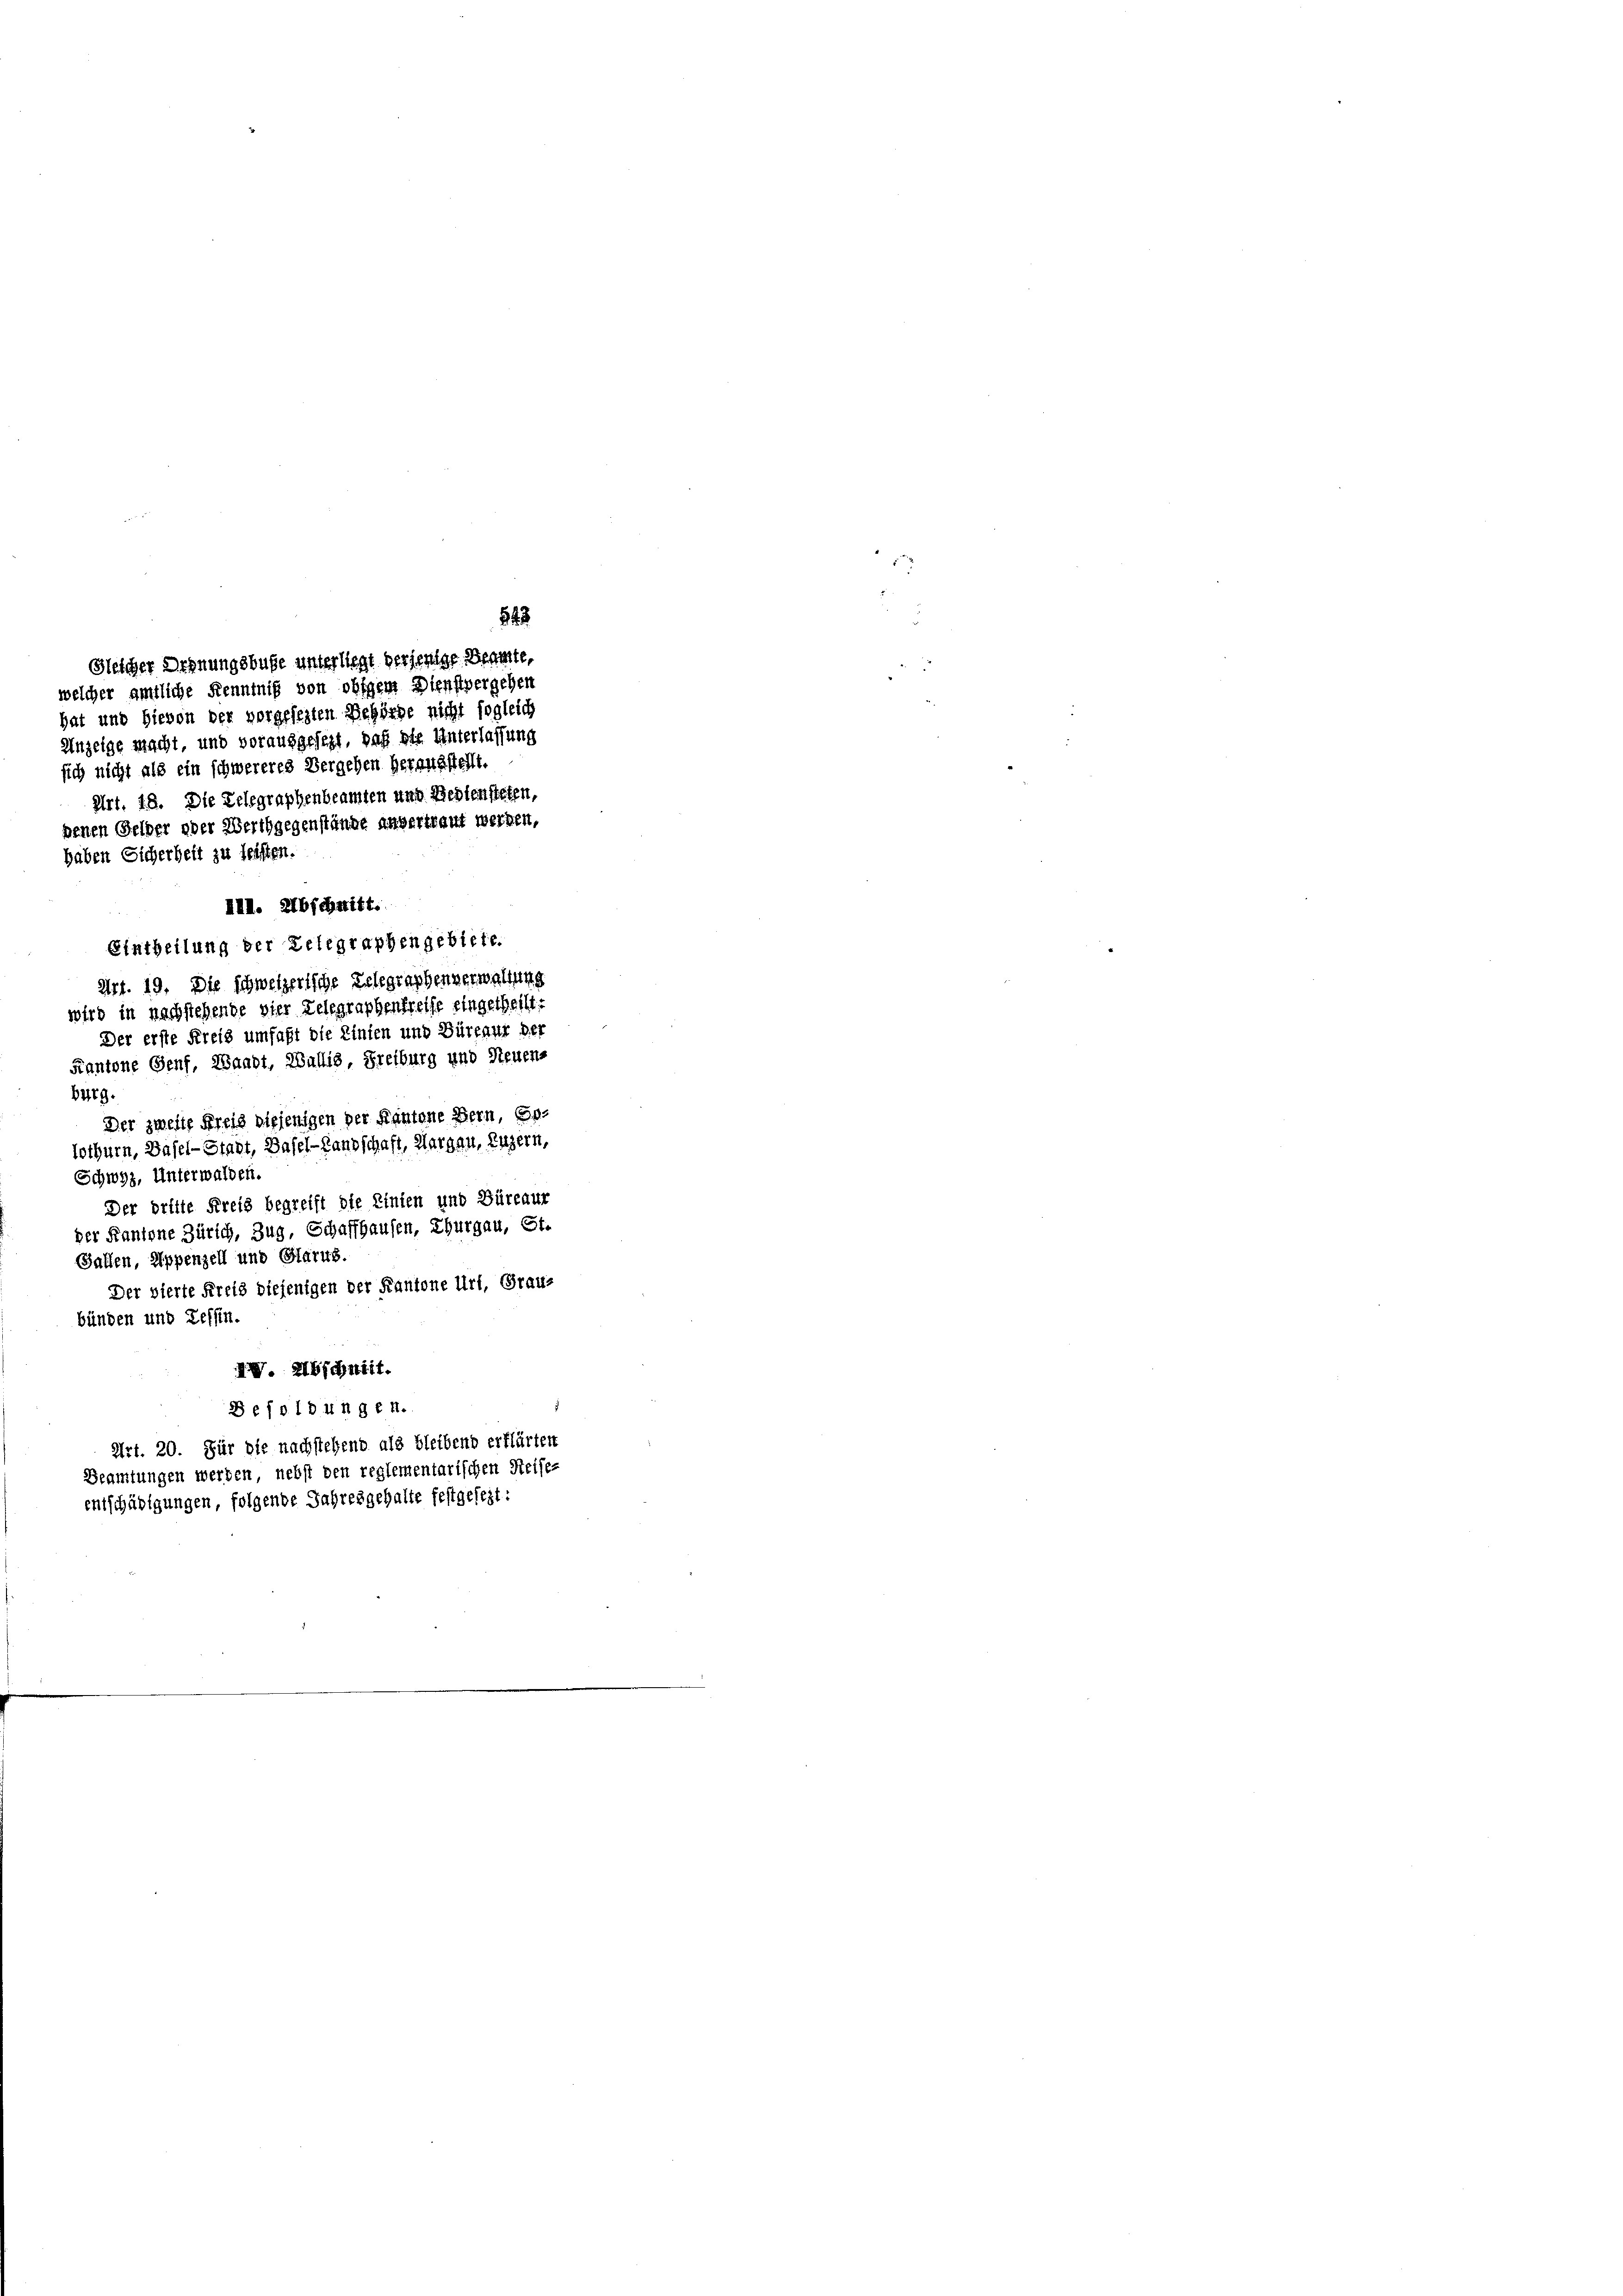
haben Sicherheit zu leisten.
III. Abschnitt.

hat und Hievon der vorgesezten Behörde nicht sogleich
Anzeige macht, und vorausgesezt, daß die Unterlassung
sich nicht als ein schwereres Vergehen herausstellt.
Art. 18. Die Telegraphenbeamten und Regiensteten,
denen Gelder oder Werthgegenstände anvertraut werden,
Burg.
Der zweite Preis diejenigen der Kantone Bern, Er-
lothurn, Basel-Stadt, Basel-Landschaft, Margau, Luzern,
Schwyz, Unterwalden.
Der dritte Kreis begreift die Linien und Büreaur
der Kantone Zürich, Zug, Schaffhausen, Thurgau, St.
Gallen, Appenzell und Glarus.
Der vierte Kreis diejenigen der Kantone Uri, Grau-
bünden und Tessin.
IV. Abschnitt.

Besoldungen.
Art. 20. Für die nachstehend als bleibend erklärten
Beamtungen werden, nebst den reglementarischen Reise-
entschädigungen, folgende Jahresgehalte festgesezt:

843
Gleicher Ordnungsbuße unterliegt verjenige Begate,
welcher amtliche Kenntniß von obigem Dienstvergehen

Eintheilung der Telegraphengebiete.
Art. 19. Die schweizerische Telegraphenverwaltung
wird in nachstehende vier Telegraphenbreise eingetheilt.
Der erste Kreis umfaßt die Einten und Büreaur der
Kantone Genf, Waadt, Wallis, Freiburg und Neuens